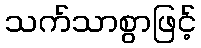
သက်သာစွာဖြင့်